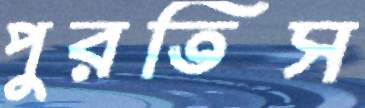
পুরতিস